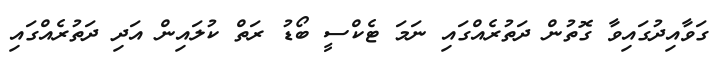
ގަވާއިދުގައިވާ ގޮތުން ދަތުރެއްގައި ނަމަ ޓެކްސީ ބޯޑު ރަތް ކުލައިން އަދި ދަތުރެއްގައި